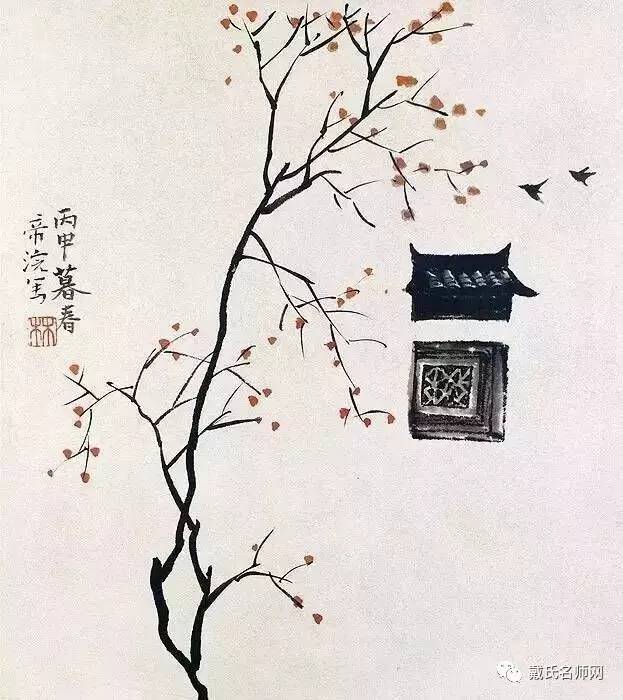
一月不读书，耳目失精爽。